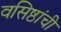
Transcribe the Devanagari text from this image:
वसिष्ठांची